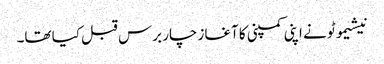
نیشیموٹو نے اپنی کمپنی کا آغاز چار برس قبل کیا تھا۔